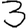
Digit: 3